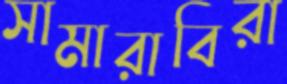
সামারাবিরা